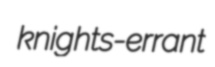
knights-errant